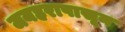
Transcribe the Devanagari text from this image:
जयहरापासून